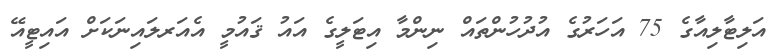
އަލިޓާލިއާގެ 75 އަހަރުގެ އުދުހުންތައް ނިންމާ އިޓަލީގެ އައު ޤައުމީ އެއަރލައިނަކަށް އައިޓީއޭ